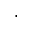
\cdot